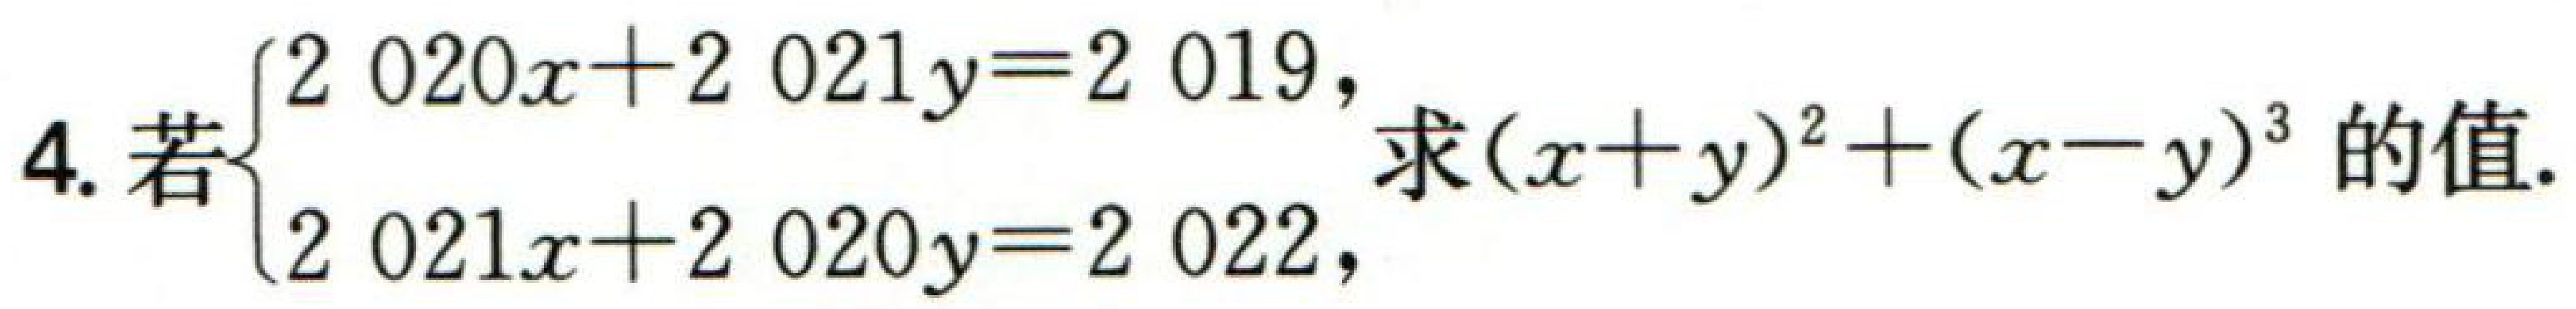
若$\begin{cases}2020x + 2021y = 2019,\\2021x + 2020y = 2022,\end{cases}$求$(x + y)^{2}+(x - y)^{3}$的值.